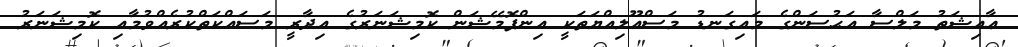
ޢާއިޝަތު މަލްސާ އަޙުސަންގެ މައިގަނޑު މަސްއޫލިއްޔަތަކީ އިންފޮމޭޝަން ކޮމިޝަނަރުގެ އިދާރީ މަސައްކަތްކުރެއްވުމާއި ކޮމިޝަނަރު